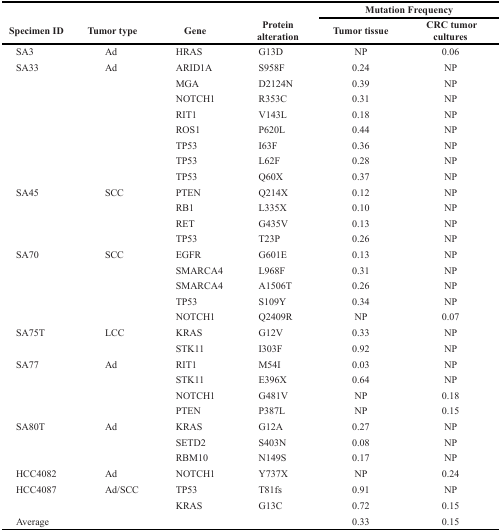
<table><thead><tr><td rowspan="2"><b>Specimen ID</b></td><td rowspan="2"><b>Tumor type</b></td><td rowspan="2"><b>Gene</b></td><td rowspan="2"><b>Protein alteration</b></td><td colspan="2"><b>Mutation Frequency</b></td></tr><tr><td><b>Tumor tissue</b></td><td><b>CRC tumor cultures</b></td></tr></thead><tbody><tr><td>SA3</td><td>Ad</td><td>HRAS</td><td>G13D</td><td>NP</td><td>0.06</td></tr><tr><td>SA33</td><td>Ad</td><td>ARID1A</td><td>S958F</td><td>0.24</td><td>NP</td></tr><tr><td></td><td></td><td>MGA</td><td>D2124N</td><td>0.39</td><td>NP</td></tr><tr><td></td><td></td><td>NOTCH1</td><td>R353C</td><td>0.31</td><td>NP</td></tr><tr><td></td><td></td><td>RIT1</td><td>V143L</td><td>0.18</td><td>NP</td></tr><tr><td></td><td></td><td>ROS1</td><td>P620L</td><td>0.44</td><td>NP</td></tr><tr><td></td><td></td><td>TP53</td><td>I63F</td><td>0.36</td><td>NP</td></tr><tr><td></td><td></td><td>TP53</td><td>L62F</td><td>0.28</td><td>NP</td></tr><tr><td></td><td></td><td>TP53</td><td>Q60X</td><td>0.37</td><td>NP</td></tr><tr><td>SA45</td><td>SCC</td><td>PTEN</td><td>Q214X</td><td>0.12</td><td>NP</td></tr><tr><td></td><td></td><td>RB1</td><td>L335X</td><td>0.10</td><td>NP</td></tr><tr><td></td><td></td><td>RET</td><td>G435V</td><td>0.13</td><td>NP</td></tr><tr><td></td><td></td><td>TP53</td><td>T23P</td><td>0.26</td><td>NP</td></tr><tr><td>SA70</td><td>SCC</td><td>EGFR</td><td>G601E</td><td>0.13</td><td>NP</td></tr><tr><td></td><td></td><td>SMARCA4</td><td>L968F</td><td>0.31</td><td>NP</td></tr><tr><td></td><td></td><td>SMARCA4</td><td>A1506T</td><td>0.26</td><td>NP</td></tr><tr><td></td><td></td><td>TP53</td><td>S109Y</td><td>0.34</td><td>NP</td></tr><tr><td></td><td></td><td>NOTCH1</td><td>Q2409R</td><td>NP</td><td>0.07</td></tr><tr><td>SA75T</td><td>LCC</td><td>KRAS</td><td>G12V</td><td>0.33</td><td>NP</td></tr><tr><td></td><td></td><td>STK11</td><td>I303F</td><td>0.92</td><td>NP</td></tr><tr><td>SA77</td><td>Ad</td><td>RIT1</td><td>M54I</td><td>0.03</td><td>NP</td></tr><tr><td></td><td></td><td>STK11</td><td>E396X</td><td>0.64</td><td>NP</td></tr><tr><td></td><td></td><td>NOTCH1</td><td>G481V</td><td>NP</td><td>0.18</td></tr><tr><td></td><td></td><td>PTEN</td><td>P387L</td><td>NP</td><td>0.15</td></tr><tr><td>SA80T</td><td>Ad</td><td>KRAS</td><td>G12A</td><td>0.27</td><td>NP</td></tr><tr><td></td><td></td><td>SETD2</td><td>S403N</td><td>0.08</td><td>NP</td></tr><tr><td></td><td></td><td>RBM10</td><td>N149S</td><td>0.17</td><td>NP</td></tr><tr><td>HCC4082</td><td>Ad</td><td>NOTCH1</td><td>Y737X</td><td>NP</td><td>0.24</td></tr><tr><td>HCC4087</td><td>Ad/SCC</td><td>TP53</td><td>T81fs</td><td>0.91</td><td>NP</td></tr><tr><td></td><td></td><td>KRAS</td><td>G13C</td><td>0.72</td><td>0.15</td></tr><tr><td>Average</td><td></td><td></td><td></td><td>0.33</td><td>0.15</td></tr></tbody></table>